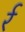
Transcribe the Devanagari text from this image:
र्र